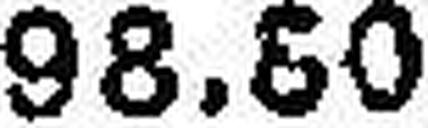
98.60